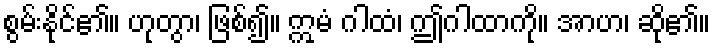
စွမ်းနိုင်၏။ ဟုတွာ၊ ဖြစ်၍။ ဣမံ ဂါထံ၊ ဤဂါထာကို။ အာဟ၊ ဆို၏။